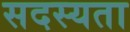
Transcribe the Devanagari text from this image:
सदस्यता